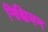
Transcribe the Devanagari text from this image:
निश्चियन